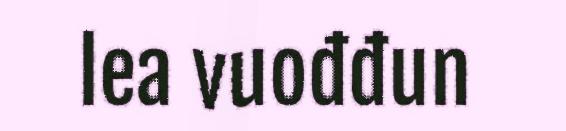
lea vuođđun